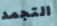
التجمد